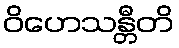
ဝိဟေသန္တီတိ